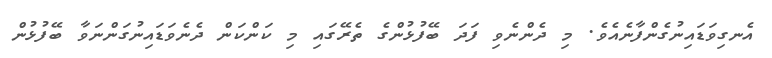
އެނގިވަޑައިނުގެންފާނެއެވެ. މި ދެންނެވި ފަދަ ބޭފުޅުންގެ ތެރޭގައި މި ކަންކަން ދެނެވަޑައިނުގަންނަވާ ބޭފުޅުން